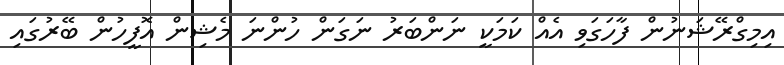
އިމިގްރޭޝަނުން ފާހަގަވި އެއް ކަމަކީ ނަންބަރު ނަގަން ހުންނަ މެޝިން އޮފީހުން ބޭރުގައި